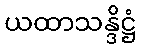
ယထာသန္ဒိဋ္ဌံ